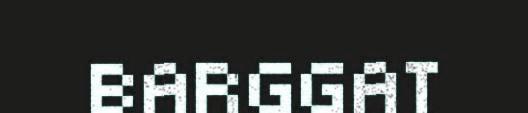
BARGGAT